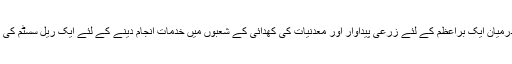
اس معاہدے میں برازیل اور پیرو کے درمیان ایک براعظم کے لئے زرعی پیداوار اور معدنیات کی کھدائی کے شعبوں میں خدمات انجام دینے کے لئے ایک ریل سسٹم کی تعمیر کی فزیبلٹی کا جائزہ لیا جائے گا۔